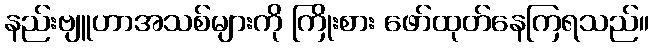
နည်းဗျူဟာအသစ်များကို ကြိုးစား ဖော်ထုတ်နေကြရသည်။